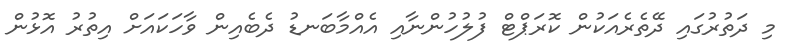
މި ދަތުރުގައި ދޭތެރެއަކުން ކޮރަޕްޓް ފުލުހުންނާއި އެއްމާބަނޑު ދެބެއިން ވާހަކައަށް އިތުރު އޮޅުން